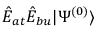
\hat { E } _ { a t } \hat { E } _ { b u } | \Psi ^ { ( 0 ) } \rangle